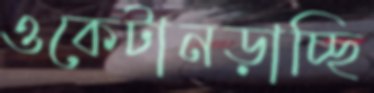
ওকেটানড়াচ্ছি